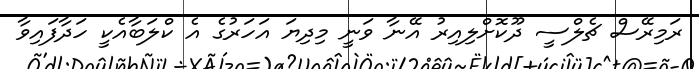
ރަމިރޭސް ޗެލްސީ ދޫކޮށްލިއިރު އޭނާ ވަނީ މިދިޔަ އަހަރުގެ އެ ކްލަބާއެކީ ހަދާފައިވާ